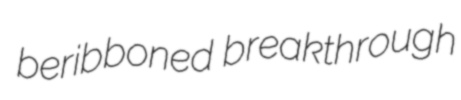
beribboned breakthrough